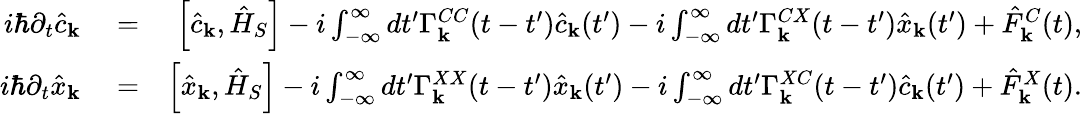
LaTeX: \begin{array}{rlr}{i\hbar\partial_{t}\hat{c}_{\mathbf k}}&{{}=}&{\left[\hat{c}_{\mathbf k},\hat{H}_{S}\right]-i\int_{-\infty}^{\infty}dt^{\prime}\Gamma_{\mathbf k}^{CC}(t-t^{\prime})\hat{c}_{\mathbf k}(t^{\prime})-i\int_{-\infty}^{\infty}dt^{\prime}\Gamma_{\mathbf k}^{CX}(t-t^{\prime})\hat{x}_{\mathbf k}(t^{\prime})+\hat{F}_{\mathbf k}^{C}(t),}\\ {i\hbar\partial_{t}\hat{x}_{\mathbf k}}&{{}=}&{\left[\hat{x}_{\mathbf k},\hat{H}_{S}\right]-i\int_{-\infty}^{\infty}dt^{\prime}\Gamma_{\mathbf k}^{XX}(t-t^{\prime})\hat{x}_{\mathbf k}(t^{\prime})-i\int_{-\infty}^{\infty}dt^{\prime}\Gamma_{\mathbf k}^{XC}(t-t^{\prime})\hat{c}_{\mathbf k}(t^{\prime})+\hat{F}_{\mathbf k}^{X}(t).}\end{array}